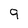
Character: 9